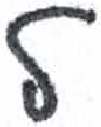
אות: ל